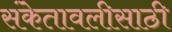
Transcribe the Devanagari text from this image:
संकेतावलीसाठी